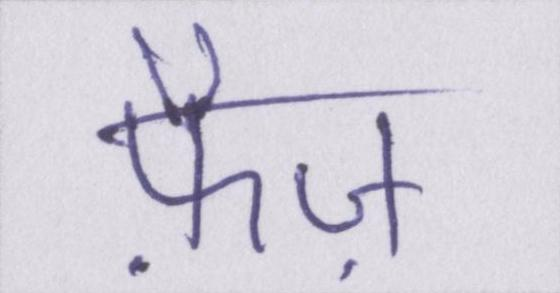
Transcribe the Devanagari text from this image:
फ़ैज़